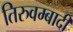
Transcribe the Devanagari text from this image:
तिरुवम्बादी